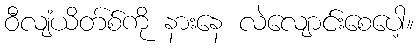
ဝီလျံယိတ်စ်ကို နားနေ လဲလျောင်းစေပေါ့။